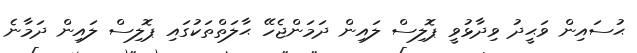
ޙުސައިން ވަޙީދު ވިދާޅުވީ ޕޮލިސް ލައިން ދަމަންޖެހޭ ޙާލަތްތަކުގައި ޕޮލިސް ލައިން ދަމާނެ